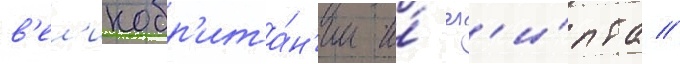
в'ел'икобр'ита́н'ии и́ ег'и́пта //